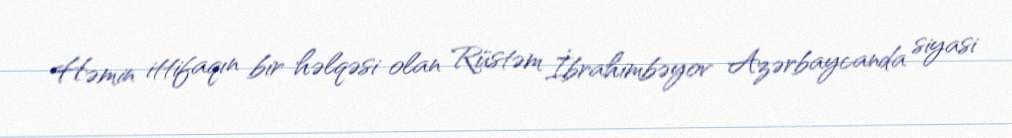
Həmin ittifaqın bir həlqəsi olan Rüstəm İbrahimbəyov Azərbaycanda siyasi